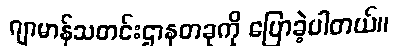
ဂျာမာန်သတင်းဌာနတခုကို ပြောခဲ့ပါတယ်။